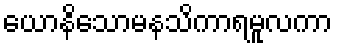
ယောနိသောမနသိကာရမူလကာ